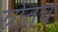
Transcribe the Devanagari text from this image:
स्रोतच